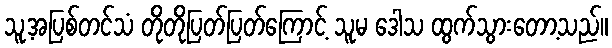
သူ့အပြစ်တင်သံ တိုတိုပြတ်ပြတ်ကြောင့် သူမ ဒေါသ ထွက်သွားတော့သည်။